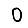
Digit: 0